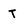
Character: t